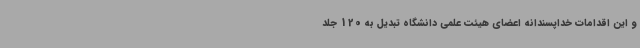
و این اقدامات خداپسندانه اعضای هیئت علمی دانشگاه تبدیل به 120 جلد